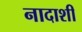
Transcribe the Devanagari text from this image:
नादाशी